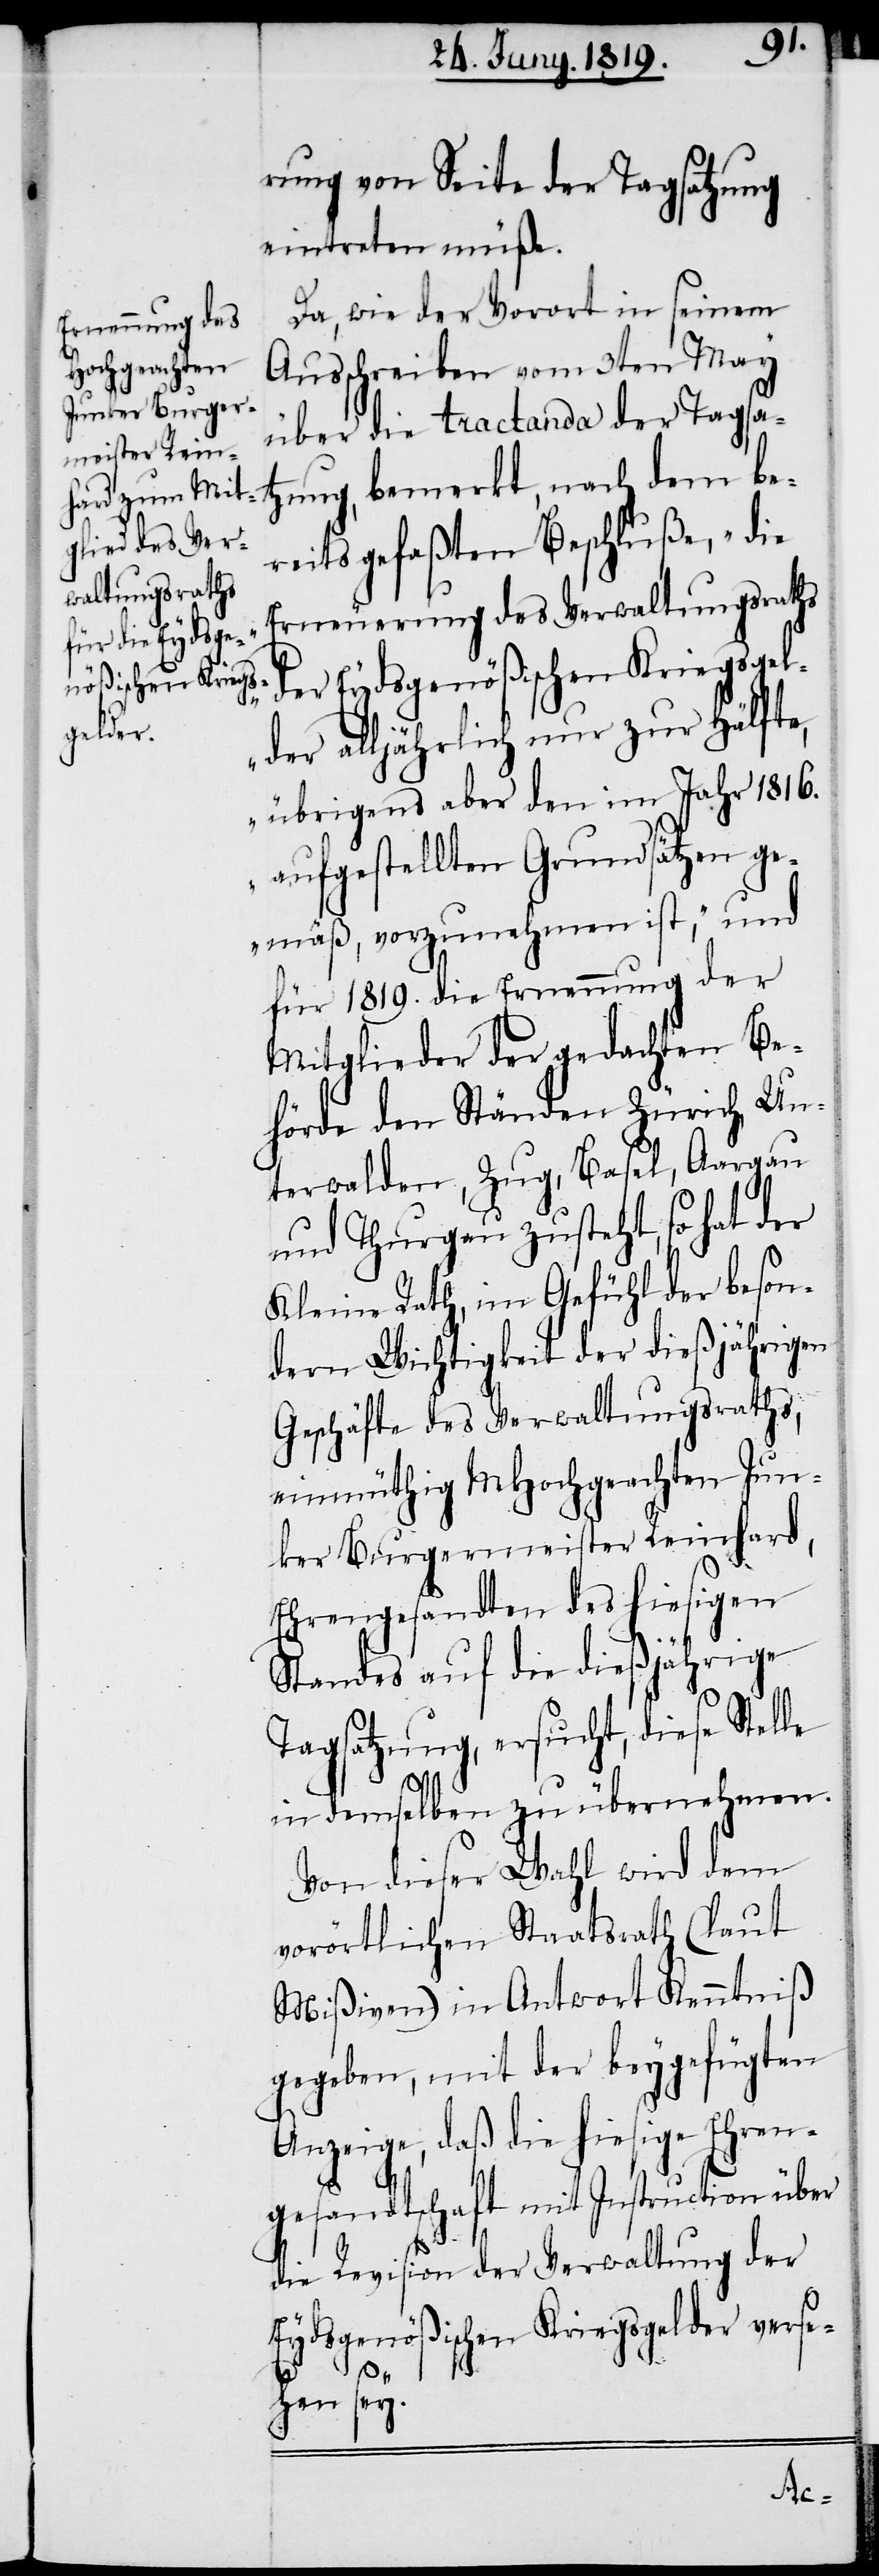
rung von Seite der Tagsatzung
eintreten müße.
Da, wie der Vorort in seinem
Ausschreiben vom 3ten May
über die tractanda der Tagsa¬
tzung, bemerkt, nach dem be¬
reits gefaßten Beschluße, „die
Erneuerung des Verwaltungsraths
der Eydsgenößischen Kriegsgel¬
der alljährlich nur zur Hälfte,
übrigens aber den im Jahr 1816.
aufgestellten Grundsätzen ge¬
mäß, vorzunehmen ist“, und
für 1819. die Ernennung der
Mitglieder der gedachten Be¬
hörde den Ständen Zürich, Un¬
terwalden, Zug, Basel, Aargau
und Thurgau zusteht, so hat der
Kleine Rath, im Gefühl der beson¬
dern Wichtigkeit der dießjährigen
Geschäfte des Verwaltungsraths,
einmüthig MHochgeachten Jun¬
ker Burgermeister Reinhard,
Ehrengesandten des hiesigen
Standes auf die dießjährige
Tagsatzung, ersucht, diese Stelle
in demselben zu übernehmen.
Von dieser Wahl wird dem
vorörtlichen Staatsrath (laut
Mißiven) in Antwort Kenntniß
gegeben, mit der beygefügten
Anzeige, daß die hiesige Ehren¬
gesandtschaft mit Instruction über
die Revision der Verwaltung der
Eydsgenößischen Kriegsgelder verse¬
hen sey.